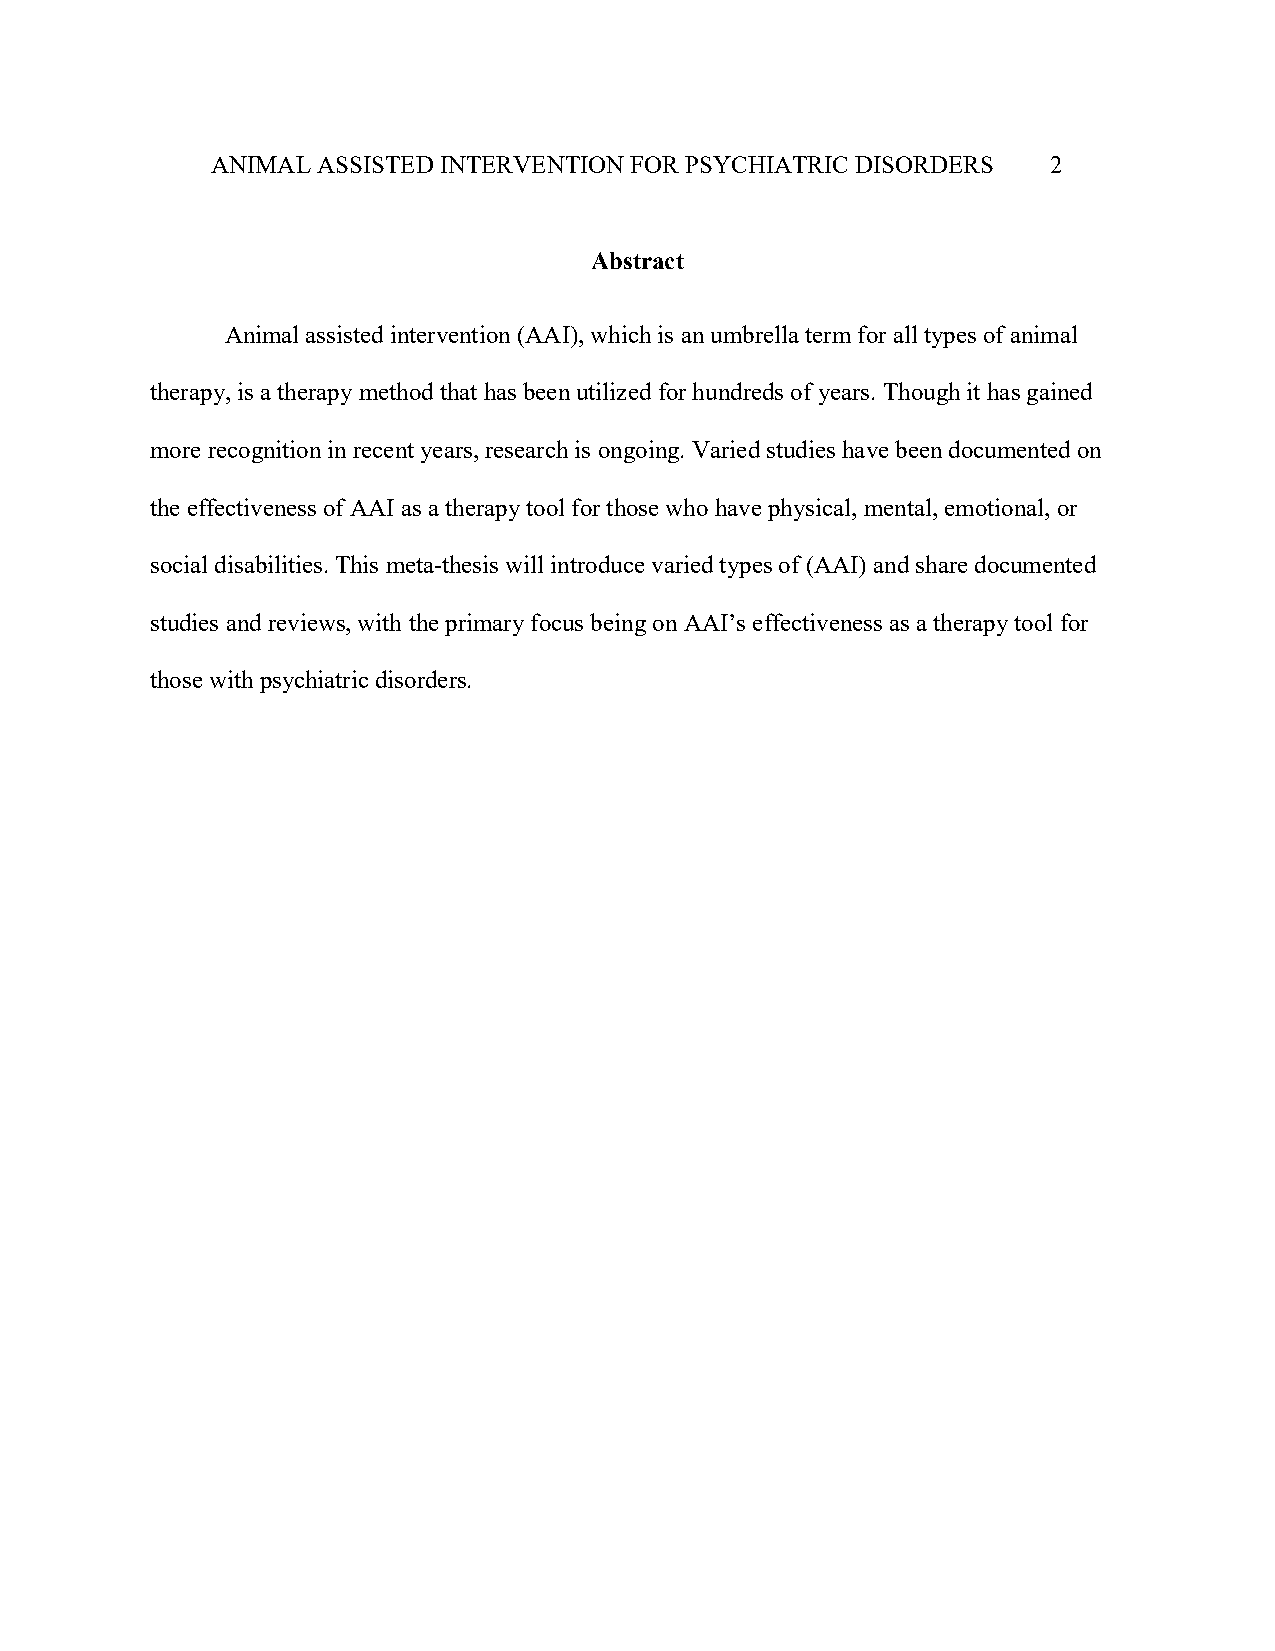
ANIMAL ASSISTED INTERVENTION FOR PSYCHIATRIC DISORDERS  2
 Abstract
 Animal assisted intervention (AAI), which is an umbrella term for all types of animal
 therapy, is a therapy method that has been utilized for hundreds of years. Though it has gained
 more recognition in recent years, research is ongoing. Varied studies have been documented on
 the effectiveness of AAI as a therapy tool for those who have physical, mental, emotional, or
 social disabilities. This meta-thesis will introduce varied types of (AAI) and share documented
 studies and reviews, with the primary focus being on AAI’s effectiveness as a therapy tool for
 those with psychiatric disorders.